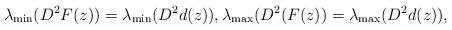
LaTeX: \begin{align*}\lambda_{\rm min}(D^2F(z))=\lambda_{\rm min}(D^2d(z)), \lambda_{\rm max}(D^2(F(z))=\lambda_{\rm max}(D^2d(z)),\end{align*}